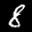
Label: 8